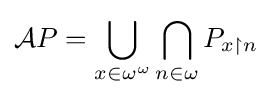
{\mathcal {A}}P=\bigcup _{x\in {\omega ^{\omega }}}\bigcap _{n\in \omega }P_{x\upharpoonright n}